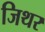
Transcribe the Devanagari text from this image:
जिथर